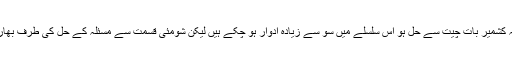
پاکستان اور اہل کشمیر نے ہمیشہ کوشش کی ہے کہ مسئلہ کشمیر بات چیت سے حل ہو اس سلسلے میں سو سے زیادہ ادوار ہو چکے ہیں لیکن شومئی قسمت سے مسئلہ کے حل کی طرف بھارتی ہٹ دھرمی کی وجہ سے کوئی پیش رفت نہ ہو سکی ۔